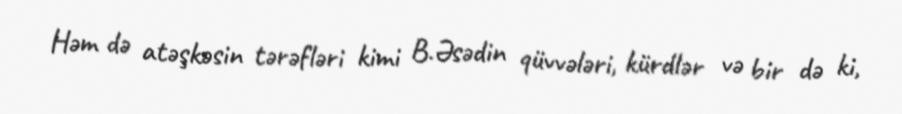
Həm də atəşkəsin tərəfləri kimi B.Əsədin qüvvələri, kürdlər və bir də ki,